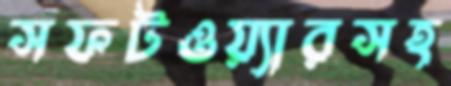
সফটওয়্যারসহ